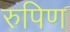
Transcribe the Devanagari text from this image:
रुपिण